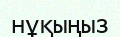
нұқыңыз